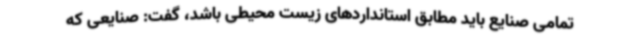
تمامی صنایع باید مطابق استانداردهای زیست محیطی باشد، گفت: صنایعی که